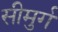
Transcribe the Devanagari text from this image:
सीमुर्ग